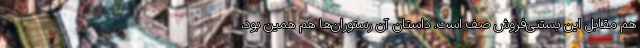
هم مقابل این بستنی‌فروش صف است. داستان آن رستوران‌ها هم همین بود،